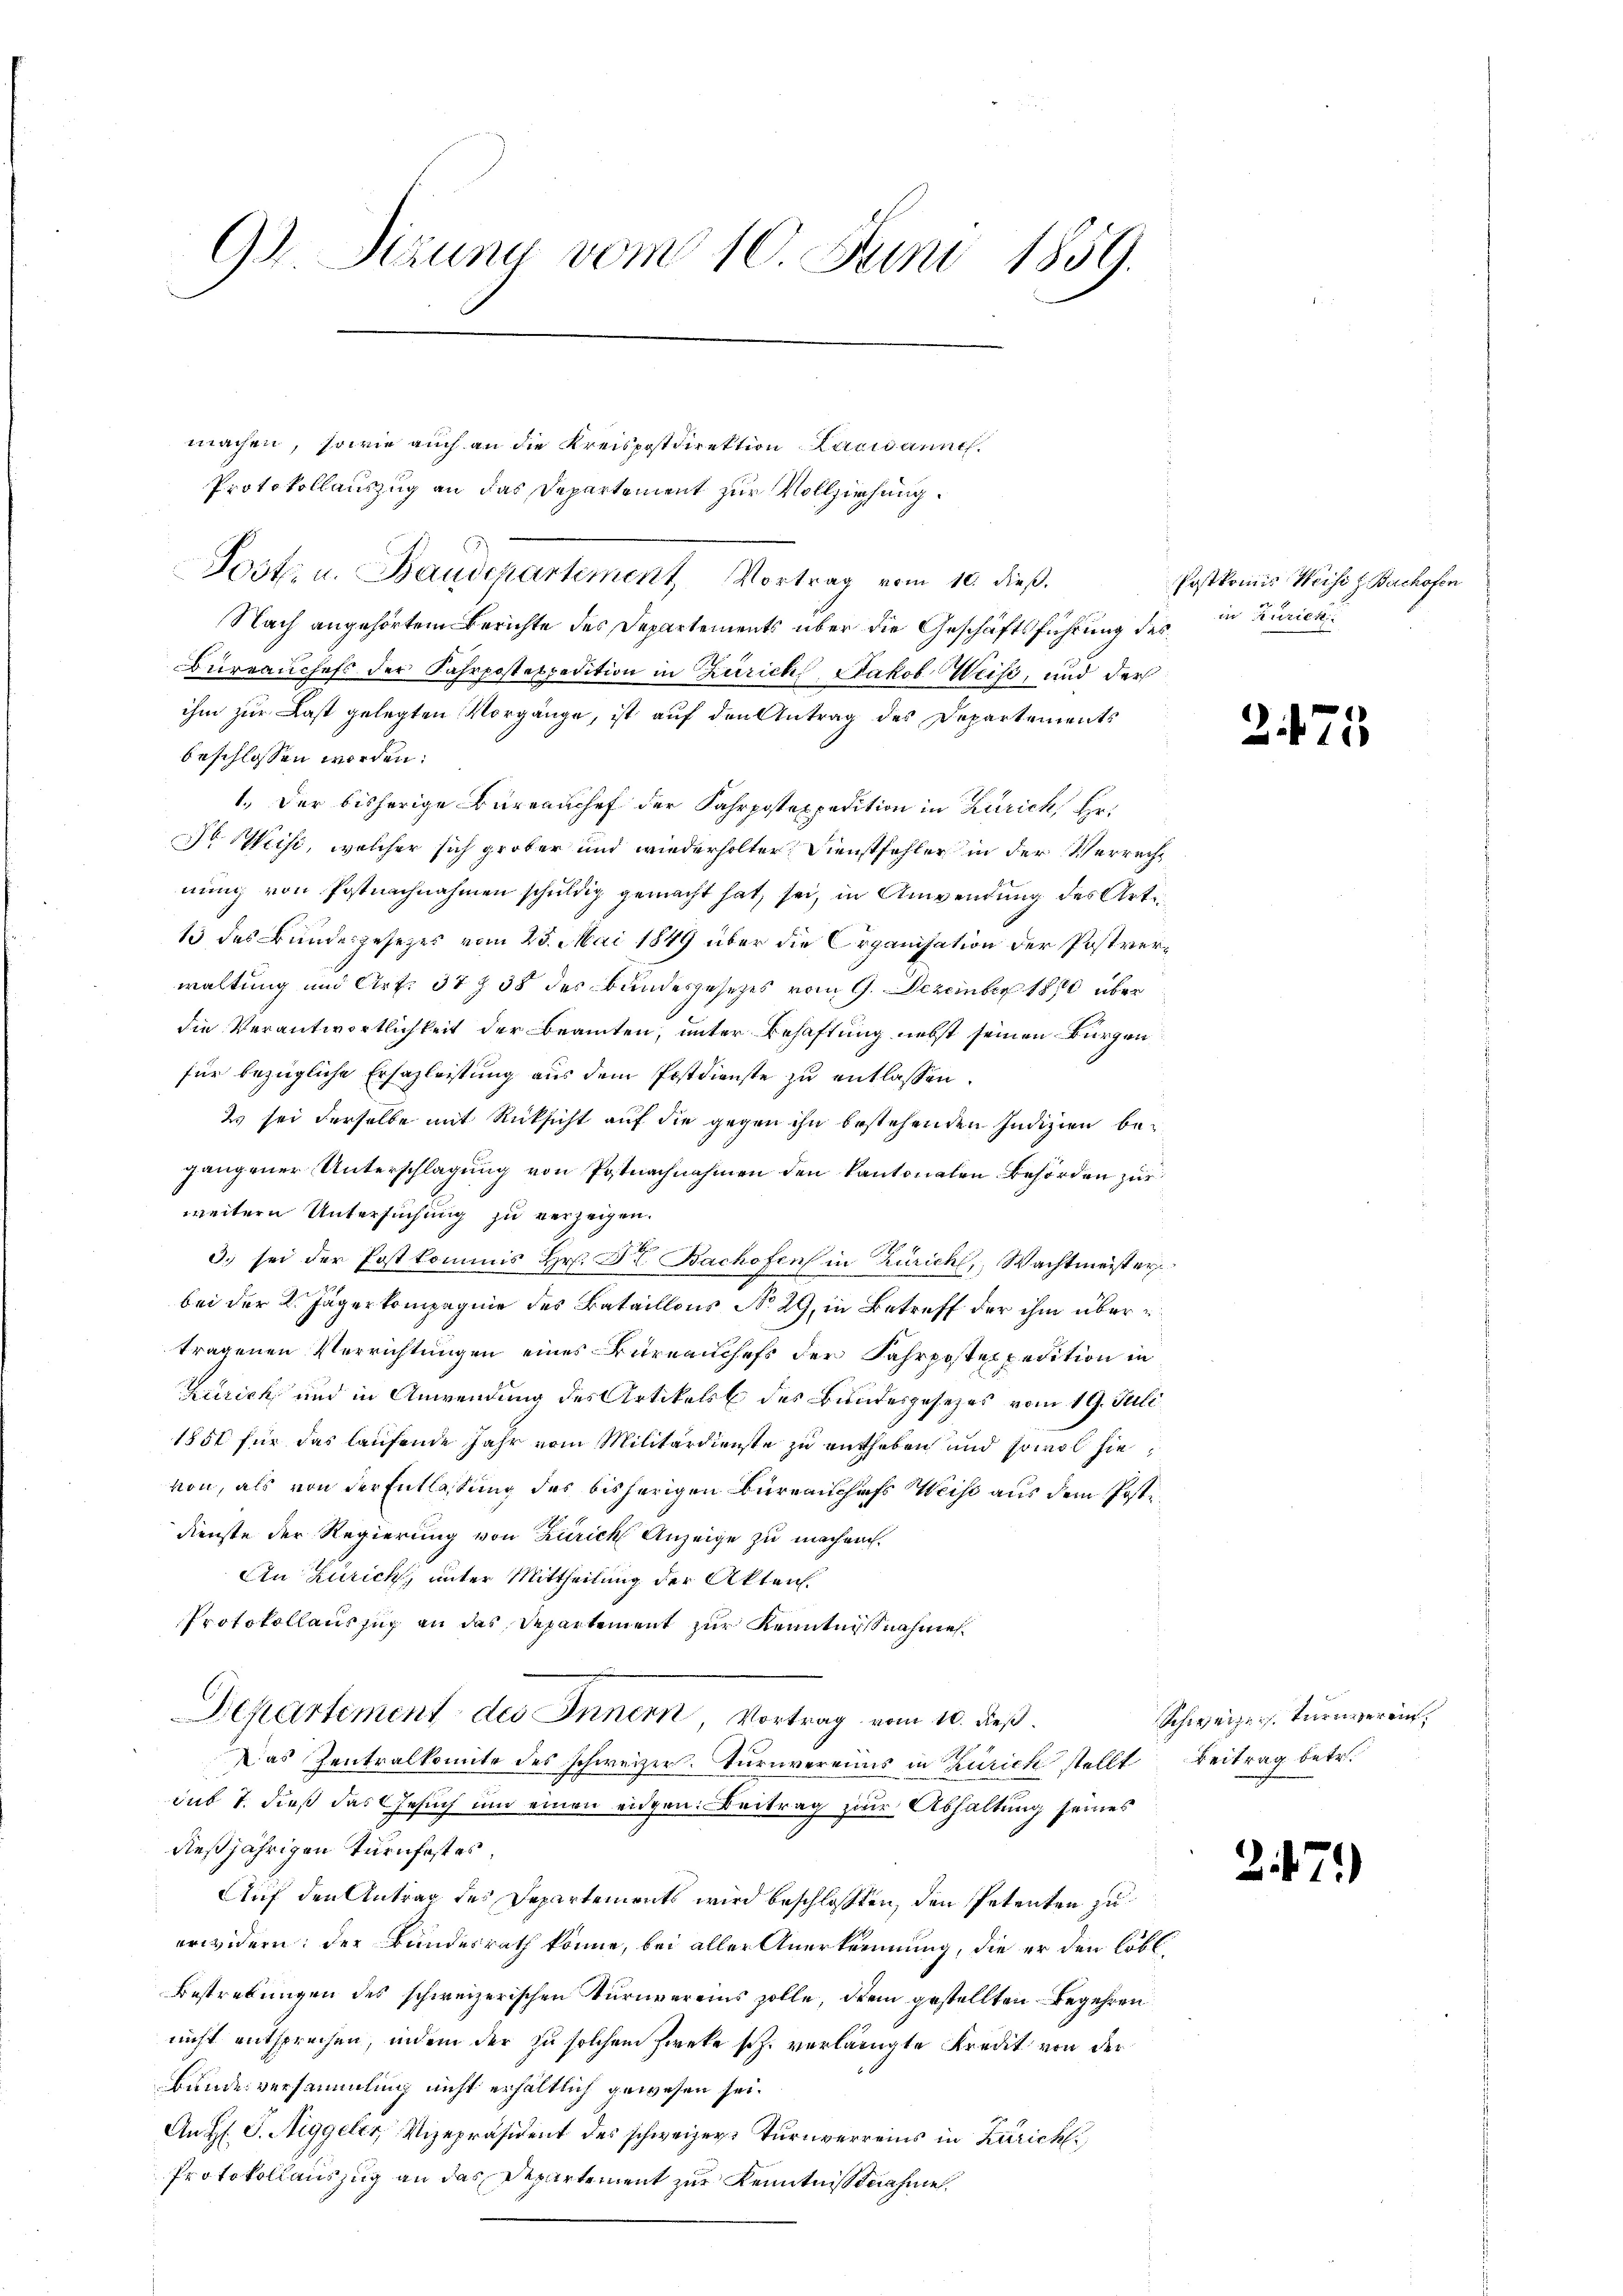
93. Sizung vom 10. Juni 1859.

machen, sowie auch an die Kreispostdirektion Lausanneh¬
Protokollauszug an das Departement zur Vollziehung.
Post u. Baudepartement Vortrag vom 10. dieß.
Nach angehörtem Berichte des Departements über die Geschäftsführung des
bureauchefs der Fahrposteppetition in Zürich, Jakob Weiss, und der
ihm zur Last gelegten Vorgänge, ist auf den Antrag des Departements
beschlossen worden.
1. Der bisherige Barranchef der Fahrpostexpedition in Zürich, Hr.
o. Weise, welcher sich grober und wiederholter Dienstfehler in der Verrecht
nung von Postnachnahmen schuldig gemacht hat, sei, in Anwendung des Arti¬
13 des Bundesgesetzes vom 25. Mai 1849 über die Organisation der Postverwaltung und Art. 37 § 38 des Bundesgesetzes vom 9. Dezember 1890 über
die Verantwortlichkeit der Beamten, unter Behaftung nebst seinen Bürgen
für bezügliche Ersazleistung aus dem Postdienste zu entlassen.
2 sei derselbe mit Rücksicht auf die gegen ihn bestehenden Indizien begangener Unterschlagung von Postnachnahmen den kantonalen Behörden zur
weitern Untersuchung zu verzeigen.
3. sei der Postkommis Hr. Dr. Bachofen in Zürich, Wachtmeister
bei der K. Jägerkompagnie des Bataillons No 29, in Betreff der ihm über
tragenen Verrichtungen eines Bureauchefs der Fahrpostexpedition in
Zürich und in Anwendung des Artikels des Bundesgesezes vom 19. Juli
1851 für das laufende Jahr vom Militärdienste zu entheben und sowol sie
von, als von der Entlassung des bisherigen Büreau chefs Weise aus dem Postidienste der Regierung von Zürich Anzeige zu machen.
An Zürich, unter Mittheilung der Akten.
Protokollauszug an das Departement zur Kenntnisnahme
Departement des Innern, Vortrag vom 10. dieß.
Das Zentralkomite des schweizer. Turnvereinis in Zürich stellt Beitrag betr.
sub 7. dieß das Gesuch um einen eidgen. Beitrag zur Abhaltung seines
dießjährigen Turnfestes
Auf den Antrag des Departements wird beschlossten, den Petenten zu
erwidern: der Bundesrath könne, bei aller Anerkennung, die er den löbl.
Bestrebungen des schweizerischen Turnvereins solle, dem gestellten Begehren
nicht entsprechen, indem der zu solchem Zweke sch. verlangte Kredit von der
Bunde versammling nicht erhältlich gewesen sei.
An H: P. Niggeler, Vizepräsident des schweizer Turnverreins in Zürich
Protokollauszug an das Departement zur Kenntnisnahme

Postkomis Weise z. Bachofen
in Kuriek

2473

Schweizer turnverein.

247)